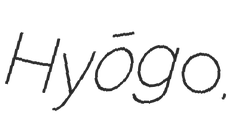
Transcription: Hyōgo.